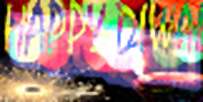
অজিতের